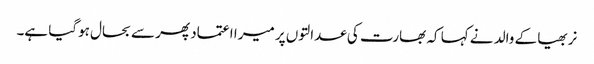
نربھیا کے والد نے کہا کہ بھارت کی عدالتوں پر میرا اعتماد پھر سے بحال ہوگیا ہے۔